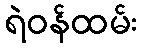
ရဲဝန်ထမ်း